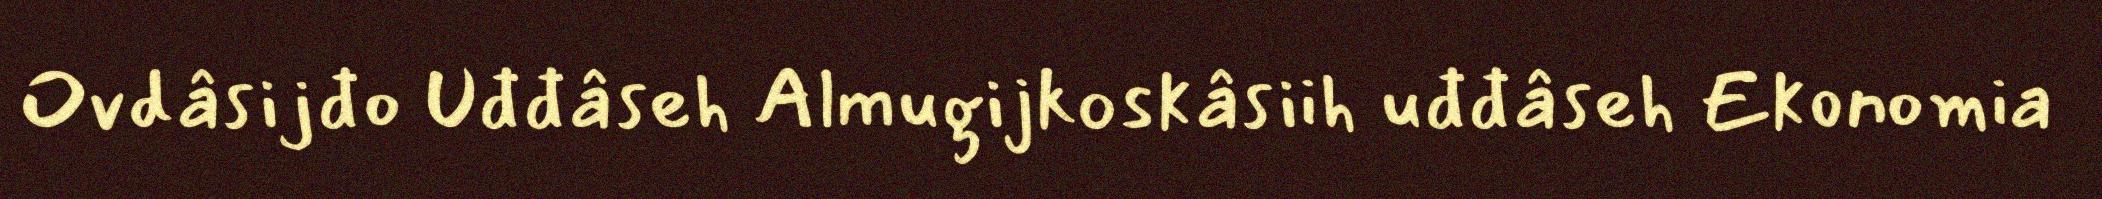
Ovdâsijđo Uđđâseh Almugijkoskâsiih uđđâseh Ekonomia